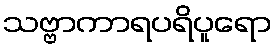
သဗ္ဗာကာရပရိပူရော